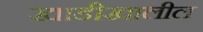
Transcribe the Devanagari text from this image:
खाडीखालील